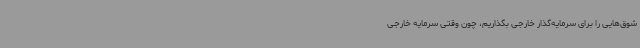
شوق‌هایی را برای سرمایه‌گذار خارجی بگذاریم، چون وقتی سرمایه خارجی